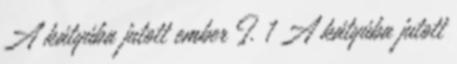
A kátyúba jutott ember I. 1 A kátyúba jutott